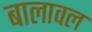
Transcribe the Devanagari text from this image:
बालावल